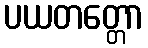
ပယတတ္တော